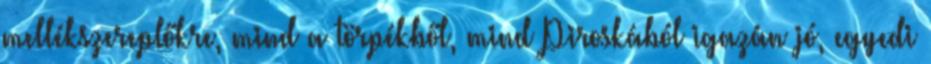
mellékszereplőkre, mind a törpékből, mind Piroskából igazán jó, egyedi